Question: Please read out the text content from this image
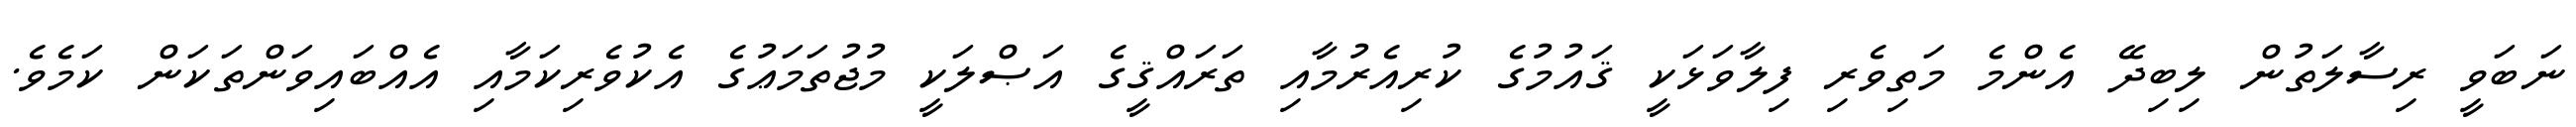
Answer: ނަބަވީ ރިސާލަތުން ލިބިދޭ އެންމެ މަތިވެރި ފިލާވަޅަކީ ޤައުމުގެ ކުރިއެރުމާއި ތަރައްޤީގެ އަޞްލަކީ މުޖުތަމަޢުގެ އެކުވެރިކަމާއި އެއްބައިވަންތަކަން ކަމެވެ.